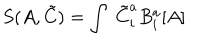
S ( A , { \tilde { C } } ) = \int \; { \tilde { C } } _ { i } ^ { a } B _ { i } ^ { a } [ A ]